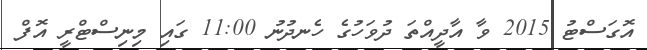
އޮގަސްޓު 2015 ވާ އާދީއްތަ ދުވަހުގެ ހެނދުނު 11:00 ގައި މިނިސްޓްރީ އޮފް